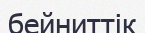
бейниттік